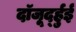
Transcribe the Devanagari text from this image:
दॉजूर्द्हुई